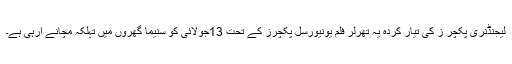
لیجنڈنری پکچر ز کی تیار کردہ یہ تھرلر فلم یونیورسل پکچرز کے تحت 13جولائی کو سنیما گھروں میں تہلکہ مچانے آرہی ہے۔